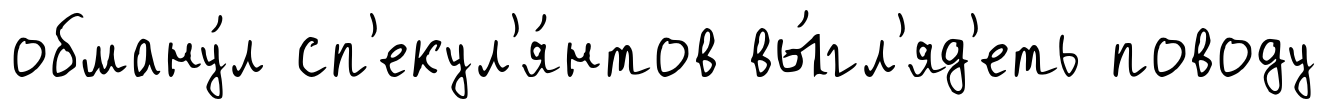
обману́л сп'екул'я́нтов вы́гл'яд'еть поводу